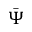
\bar { \Psi }